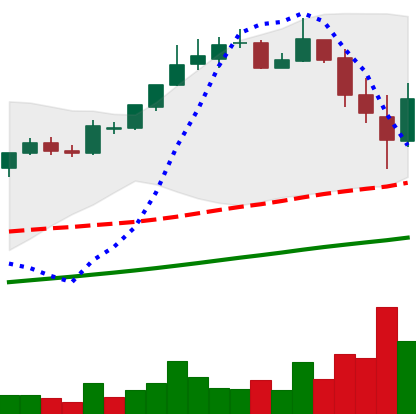
Ticker: BTC-USD
Chart end date: 2017-11-13
Forward return: 18.761%
Label: up_7plus